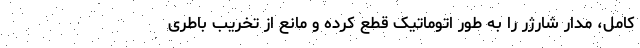
کامل، مدار شارژر را به طور اتوماتیک قطع کرده و مانع از تخریب باطری